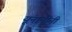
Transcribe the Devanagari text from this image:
यूनानींनी